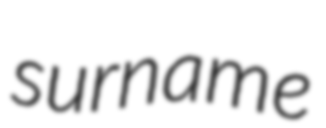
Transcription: surname